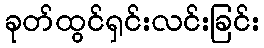
ခုတ်ထွင်ရှင်းလင်းခြင်း